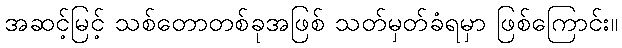
အဆင့်မြင့် သစ်တောတစ်ခုအဖြစ် သတ်မှတ်ခံရမှာ ဖြစ်ကြောင်း။